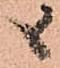
候